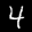
Label: 4